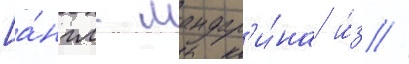
[а́нгл. мандар'и́на и́з //